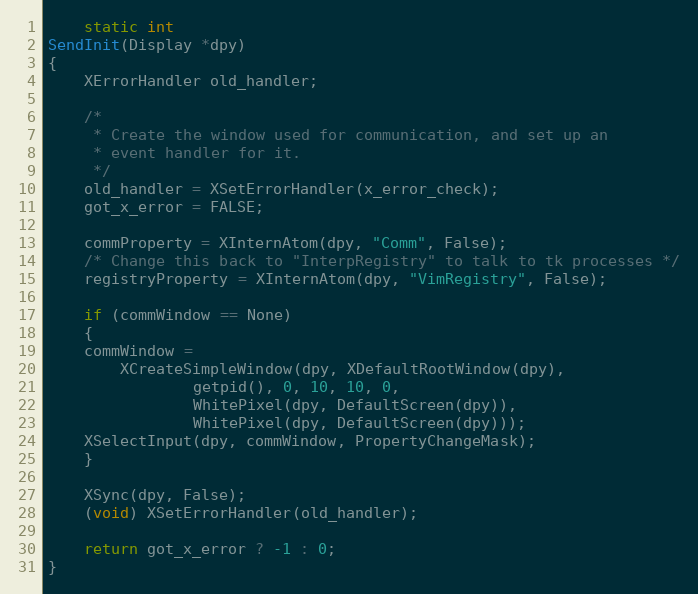
Language: C
    static int
SendInit(Display *dpy)
{
    XErrorHandler old_handler;

    /*
     * Create the window used for communication, and set up an
     * event handler for it.
     */
    old_handler = XSetErrorHandler(x_error_check);
    got_x_error = FALSE;

    commProperty = XInternAtom(dpy, "Comm", False);
    /* Change this back to "InterpRegistry" to talk to tk processes */
    registryProperty = XInternAtom(dpy, "VimRegistry", False);

    if (commWindow == None)
    {
	commWindow =
	    XCreateSimpleWindow(dpy, XDefaultRootWindow(dpy),
				getpid(), 0, 10, 10, 0,
				WhitePixel(dpy, DefaultScreen(dpy)),
				WhitePixel(dpy, DefaultScreen(dpy)));
	XSelectInput(dpy, commWindow, PropertyChangeMask);
    }

    XSync(dpy, False);
    (void) XSetErrorHandler(old_handler);

    return got_x_error ? -1 : 0;
}